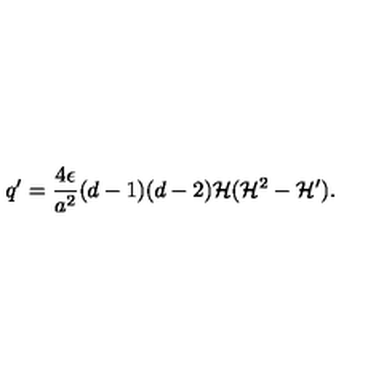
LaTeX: q ^ { \prime } = \frac { 4 \epsilon } { a ^ { 2 } } ( d - 1 ) ( d - 2 ) { \cal H } ( { \cal H } ^ { 2 } - { \cal H } ^ { \prime } ) .